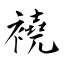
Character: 襓